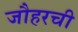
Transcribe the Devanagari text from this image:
जौहरची